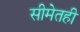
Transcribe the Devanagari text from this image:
सीमेतही